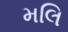
મલિ